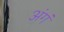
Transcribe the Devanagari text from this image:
अंगं